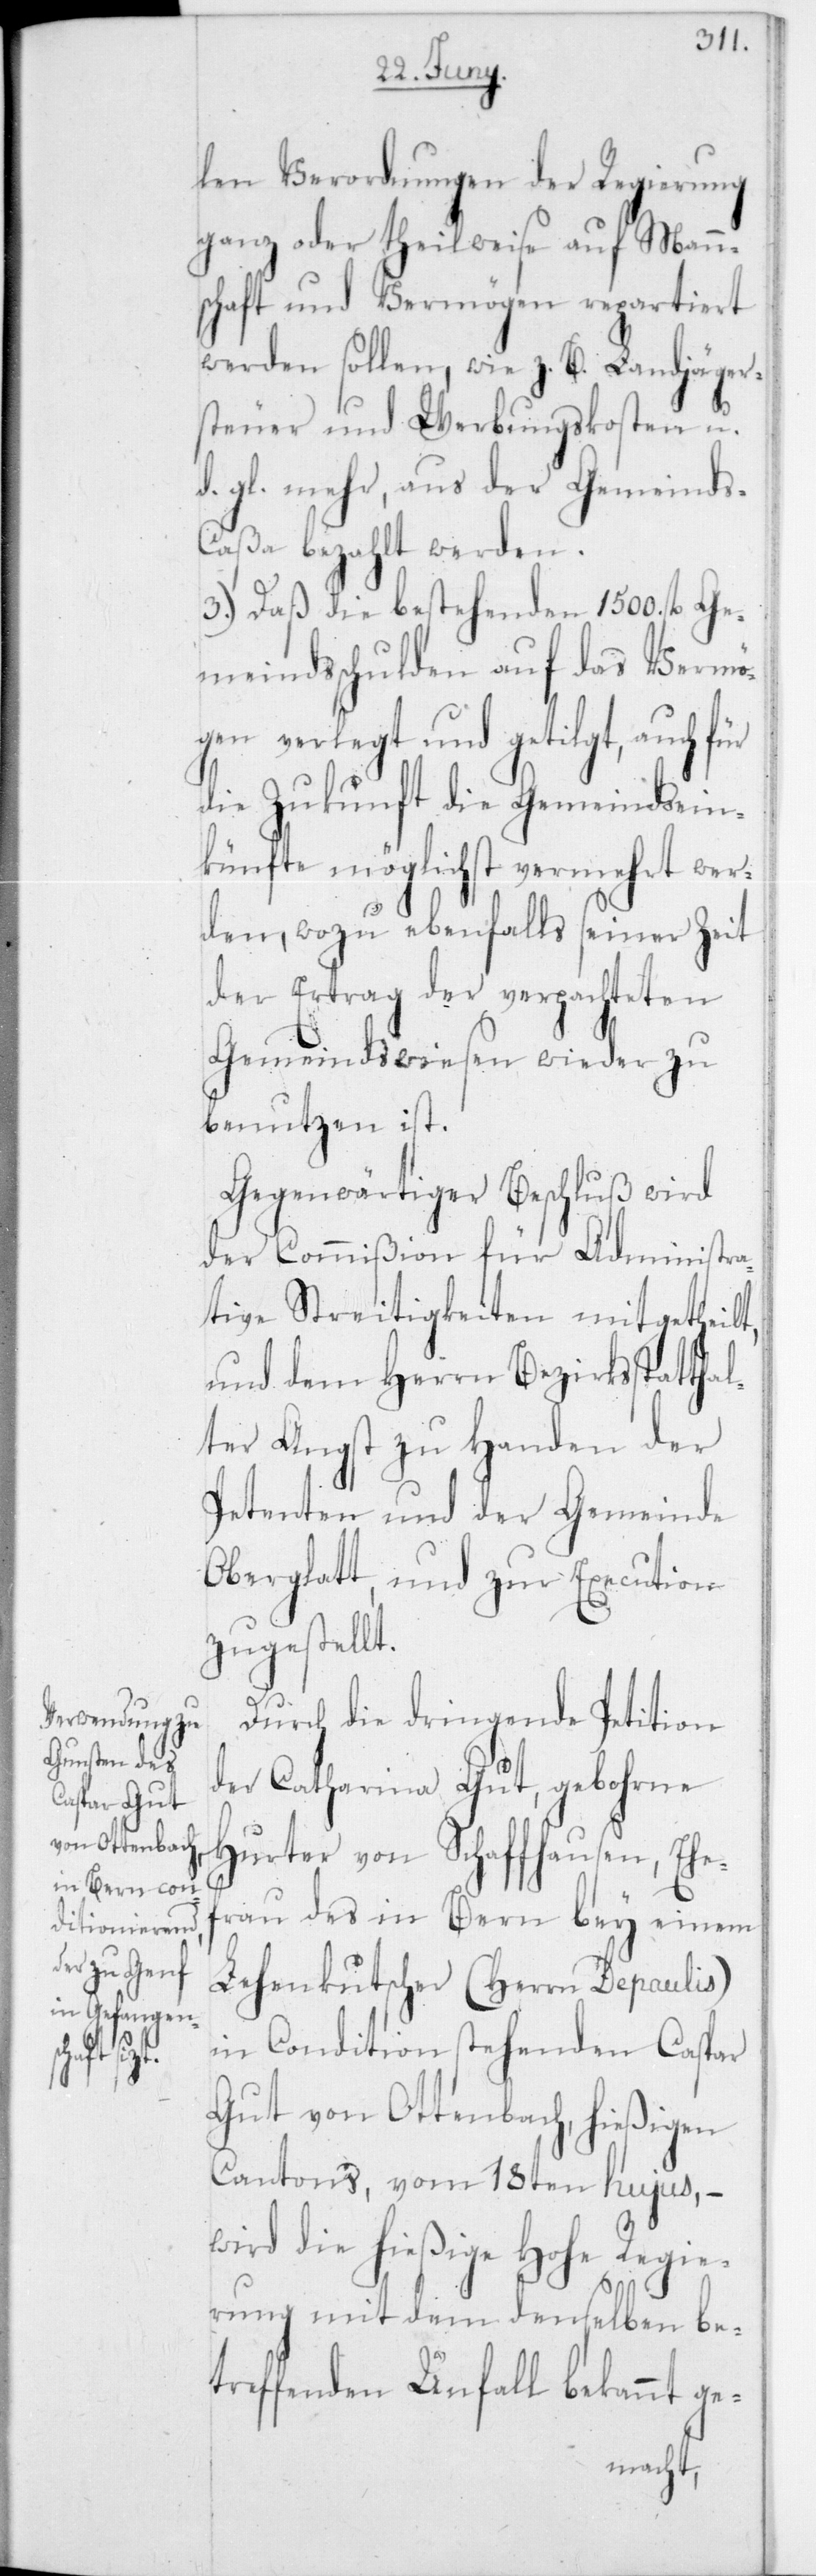
len Verordnungen der Regierung
ganz oder theilweise auf Mann¬
schaft und Vermögen repartiert
werden sollen, wie z. B. Landjäger¬
steuer und Werbungskosten u.
d. gl. mehr, aus der Gemeind¬
s-Caßa bezahlt werden.
3.) daß die bestehenden 1500 fl. Ge¬
meindsschulden auf das Vermö¬
gen verlegt und getilgt, auch
die Zukunft die Gemeindsein¬
künfte möglichst vermehrt wer¬
den, wozu ebenfalls seiner Zeit
der Ertrag der verpachteten
Gemeindswiesen wieder zu
benutzen ist.
Gegenwärtiger Beschluß wird
der Commißion für Administra¬
tive Streitigkeiten mitgetheilt,
und dem Herrn Bezirksstatthal¬
ter Angst zu Handen der
Petenten und der Gemeinde
Oberglatt, und zur Execution
zugestellt.
Durch die dringende Petition
der Catharina Gut, gebohrne
Hurter von Schaffhausen, Ehe¬
frau des in Bern bey einem
Lehenkutscher (Herr Depaulis)
in Condition stehenden Caspar
Gut von Ottenbach, hießigen
Cantons, vom 18ten hujus, –
wird die hießige Hohe Regie¬
rung mit dem denselben be¬
treffenden Unfall bekannt ge-